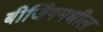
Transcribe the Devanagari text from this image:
बीजिंगमधील